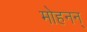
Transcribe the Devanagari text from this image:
मोहनन्